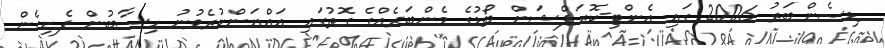
ޑިސެންބަރު 2006 ގައި އެންޓި-ކޮރަޕްޝަން ބޯޑުގެ މެންބަރެއްގެ ގޮތުގައި އައްޔަންކުރެވުނު ހިސާބުން ފެށިގެން